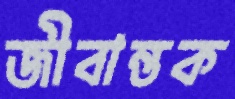
জীবান্তক